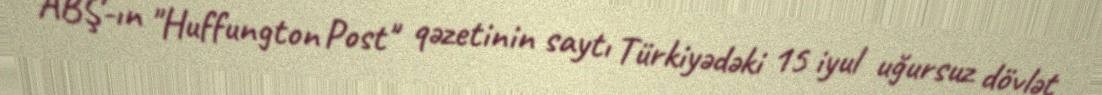
ABŞ-ın "Huffungton Post" qəzetinin saytı Türkiyədəki 15 iyul uğursuz dövlət